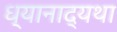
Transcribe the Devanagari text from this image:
ध्यानाद्यथा